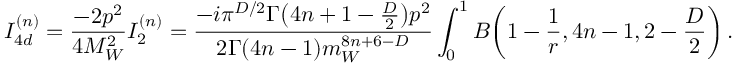
I _ { 4 d } ^ { ( n ) } = \frac { - 2 p ^ { 2 } } { 4 M _ { W } ^ { 2 } } I _ { 2 } ^ { ( n ) } = \frac { - i \pi ^ { D / 2 } \Gamma \big ( 4 n + 1 - \frac { D } { 2 } \big ) p ^ { 2 } } { 2 \Gamma ( 4 n - 1 ) m _ { W } ^ { 8 n + 6 - D } } \int _ { 0 } ^ { 1 } B \bigg ( 1 - \frac { 1 } { r } , 4 n - 1 , 2 - \frac { D } { 2 } \bigg ) \, .